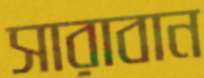
সারাবান